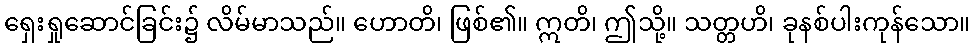
ရှေးရှုဆောင်ခြင်း၌ လိမ်မာသည်။ ဟောတိ၊ ဖြစ်၏။ ဣတိ၊ ဤသို့။ သတ္တဟိ၊ ခုနစ်ပါးကုန်သော။